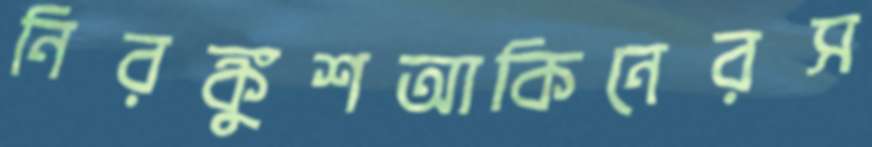
নিরঙ্কুশআকিনেরস